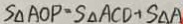
S _ { \Delta A O P } = S _ { \Delta A C D } + S _ { \Delta A }